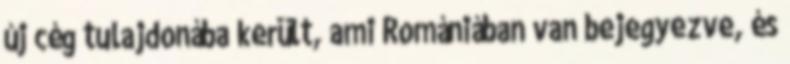
új cég tulajdonába került, ami Romániában van bejegyezve, és